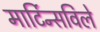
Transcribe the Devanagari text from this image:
मार्टिन्सविले